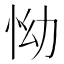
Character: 怮